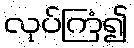
လုပ်ကြံ၍